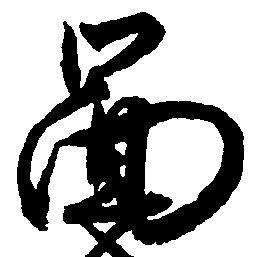
図